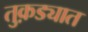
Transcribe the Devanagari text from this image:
तुक़ड्यात